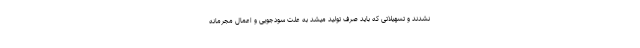
نشدند و تسهیلاتی که باید صرف تولید میشد به علت سودجویی و اعمال مجرمانه